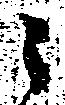
之